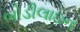
બોડીલાઇન